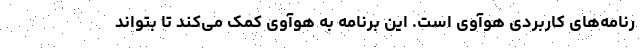
رنامه‌های کاربردی هوآوی است. این برنامه به هوآوی کمک می‌کند تا بتواند